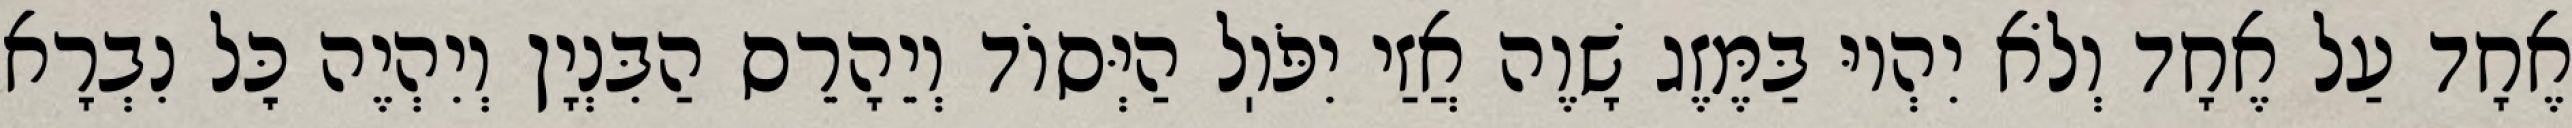
אֶחָד עַל אֶחָד וְלֹא יִהְיוּ בַּמֶּזֶג שָׁוֶה אֲזַי יִפֹּוֽל הַיְּסוֹד וְיֵהָרֵס הַבִּנְיָן וְיִהְיֶה כׇּל נִבְרָא